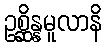
ဥစ္ဆိန္နမူလာနိ